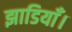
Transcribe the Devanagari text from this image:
झाडियाँ।